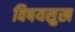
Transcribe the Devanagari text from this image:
विषयसुख